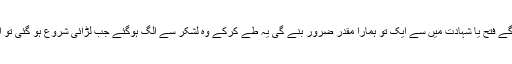
جب دونوں طرف سے گھمسان کی لڑائی شروع ہو جائے گی تو ہم ساتوں مشرکین پر یکبار گی حملہ کر دیں گے فتح یا شہادت میں سے ایک تو ہمارا مقدر ضرور بنے گی یہ طے کرکے وہ لشکر سے الگ ہوگئے جب لڑائی شروع ہو گئی تو ان ساتوں نے اچانک پیچھے سے مشرکین [ عیسائیوں ] پر حملہ کر دیا اور ان کے لشکر کو کاٹ کر رکھ دیا ۔